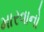
મારવાનો